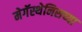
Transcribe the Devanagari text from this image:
मेगॅस्थेनिसच्या